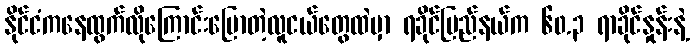
နိုင်ငံကနေထွက်လိုကြောင်းပြောတဲ့လူငယ်တွေထဲမှာ ရခိုင်ပြည်နယ်က ၆၀.၃ ရာခိုင်နှုန်းနဲ့